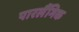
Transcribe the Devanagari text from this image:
पारलैंगिक